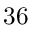
3 6